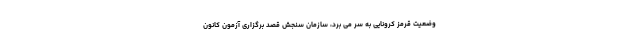
وضعیت قرمز کرونایی به سر می برد، سازمان سنجش قصد برگزاری آزمون کانون